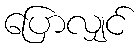
ပြောလျှင်